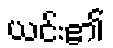
ယင်း၏